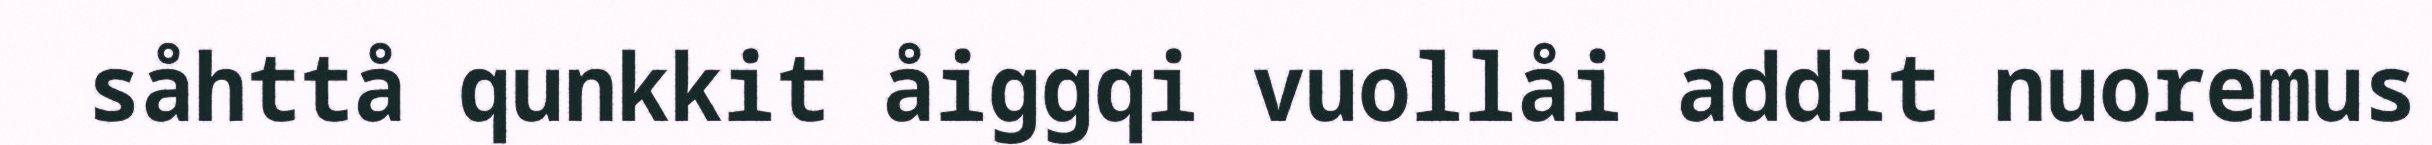
såhttå qunkkit åiggqi vuollåi addit nuoremus